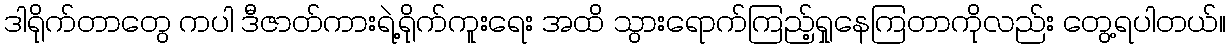
ဒါရိုက်တာတွေ ကပါ ဒီဇာတ်ကားရဲ့ရိုက်ကူးရေး အထိ သွားရောက်ကြည့်ရှုနေကြတာကိုလည်း တွေ့ရပါတယ်။